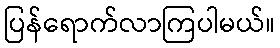
ပြန်ရောက်လာကြပါမယ်။